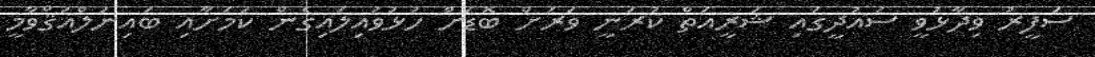
ސަފީރު ވިދާޅުވީ ސައުދީގައި ޝަރީއަތް ކުރަނީ ވަރަށް ބޮޑަށް ހުޅުވައިލައިގެން ކަމަށާއި ބައިނަލްއަޤްވާމީ